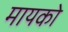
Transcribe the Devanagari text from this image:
मायको